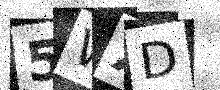
Text: 5WXD